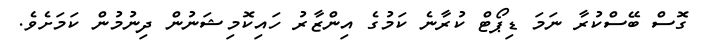
ގޮސް ބޭސްކުރާ ނަމަ ޑިޕޯޓް ކުރާނެ ކަމުގެ އިންޒާރު ހައިކޮމިޝަނުން ދިނުމުން ކަމަށެވެ.